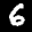
Label: 6